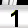
Digit: 1